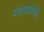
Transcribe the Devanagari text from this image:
पत्ताकोबी